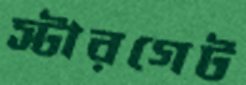
স্টারগেট